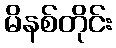
မိနစ်တိုင်း